Code of medical and sanitary regulations for the guidance of medical officers serving in the Madras Presidency - Volume II
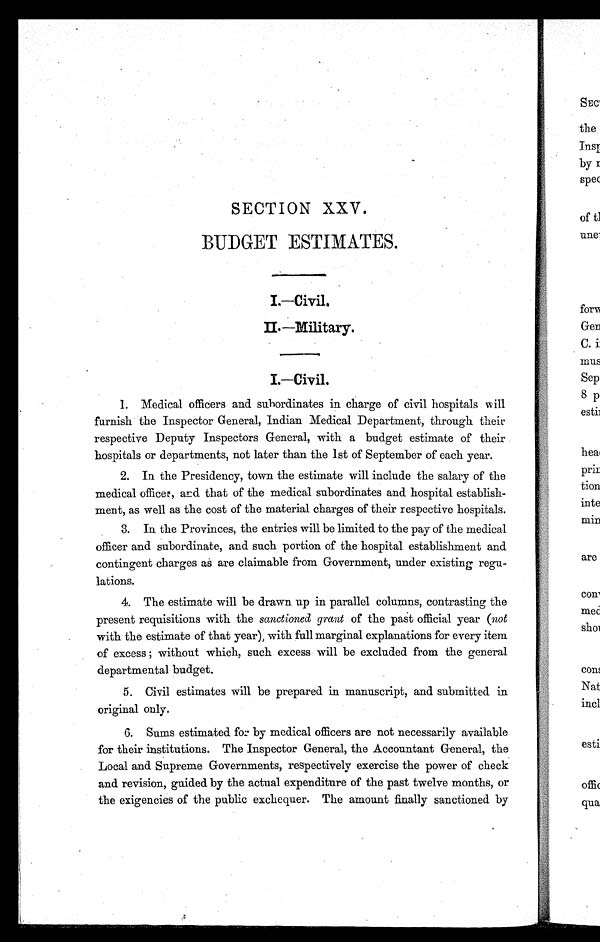
SECTION XXV.
BUDGET ESTIMATES.
I.—Civil.
II.—Military.
I.—Civil.
1. Medical officers and subordinates in charge of civil hospitals will
furnish the Inspector General, Indian Medical Department, through their
respective Deputy Inspectors General, with a budget estimate of their
hospitals or departments, not later than the 1st of September of each year.
2. In the Presidency, town the estimate will include the salary of the
medical officer, and that of the medical subordinates and hospital establish-
ment, as well as the cost of the material charges of their respective hospitals.
3. In the Provinces, the entries will be limited to the pay of the medical
officer and subordinate, and such portion of the hospital establishment and
contingent charges as are claimable from Government, under existing regu-
lations.
4. The estimate will be drawn up in parallel columns, contrasting the
present requisitions with the sanctioned grant of the past official year (not
with the estimate of that year), with full marginal explanations for every item
of excess ; without which, such excess will be excluded from the general
departmental budget.
5. Civil estimates will be prepared in manuscript, and submitted in
original only.
6. Sums estimated for by medical officers are not necessarily available
for their institutions. The Inspector General, the Accountant General, the
Local and Supreme Governments, respectively exercise the power of check
and revision, guided by the actual expenditure of the past twelve months, or
the exigencies of the public exchequer. The amount finally sanctioned by